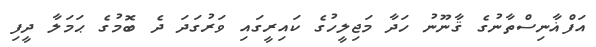
އަފްޣާނިސްތާނުގެ ޤާނޫނު ހަދާ މަޖިލީހުގެ ކައިރީގައި ވަރުގަދަ ދެ ބޮމުގެ ޙަމަލާ ދީފި